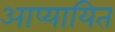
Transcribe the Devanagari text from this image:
आप्यायित